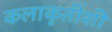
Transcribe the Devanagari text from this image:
कलाकृतींशी